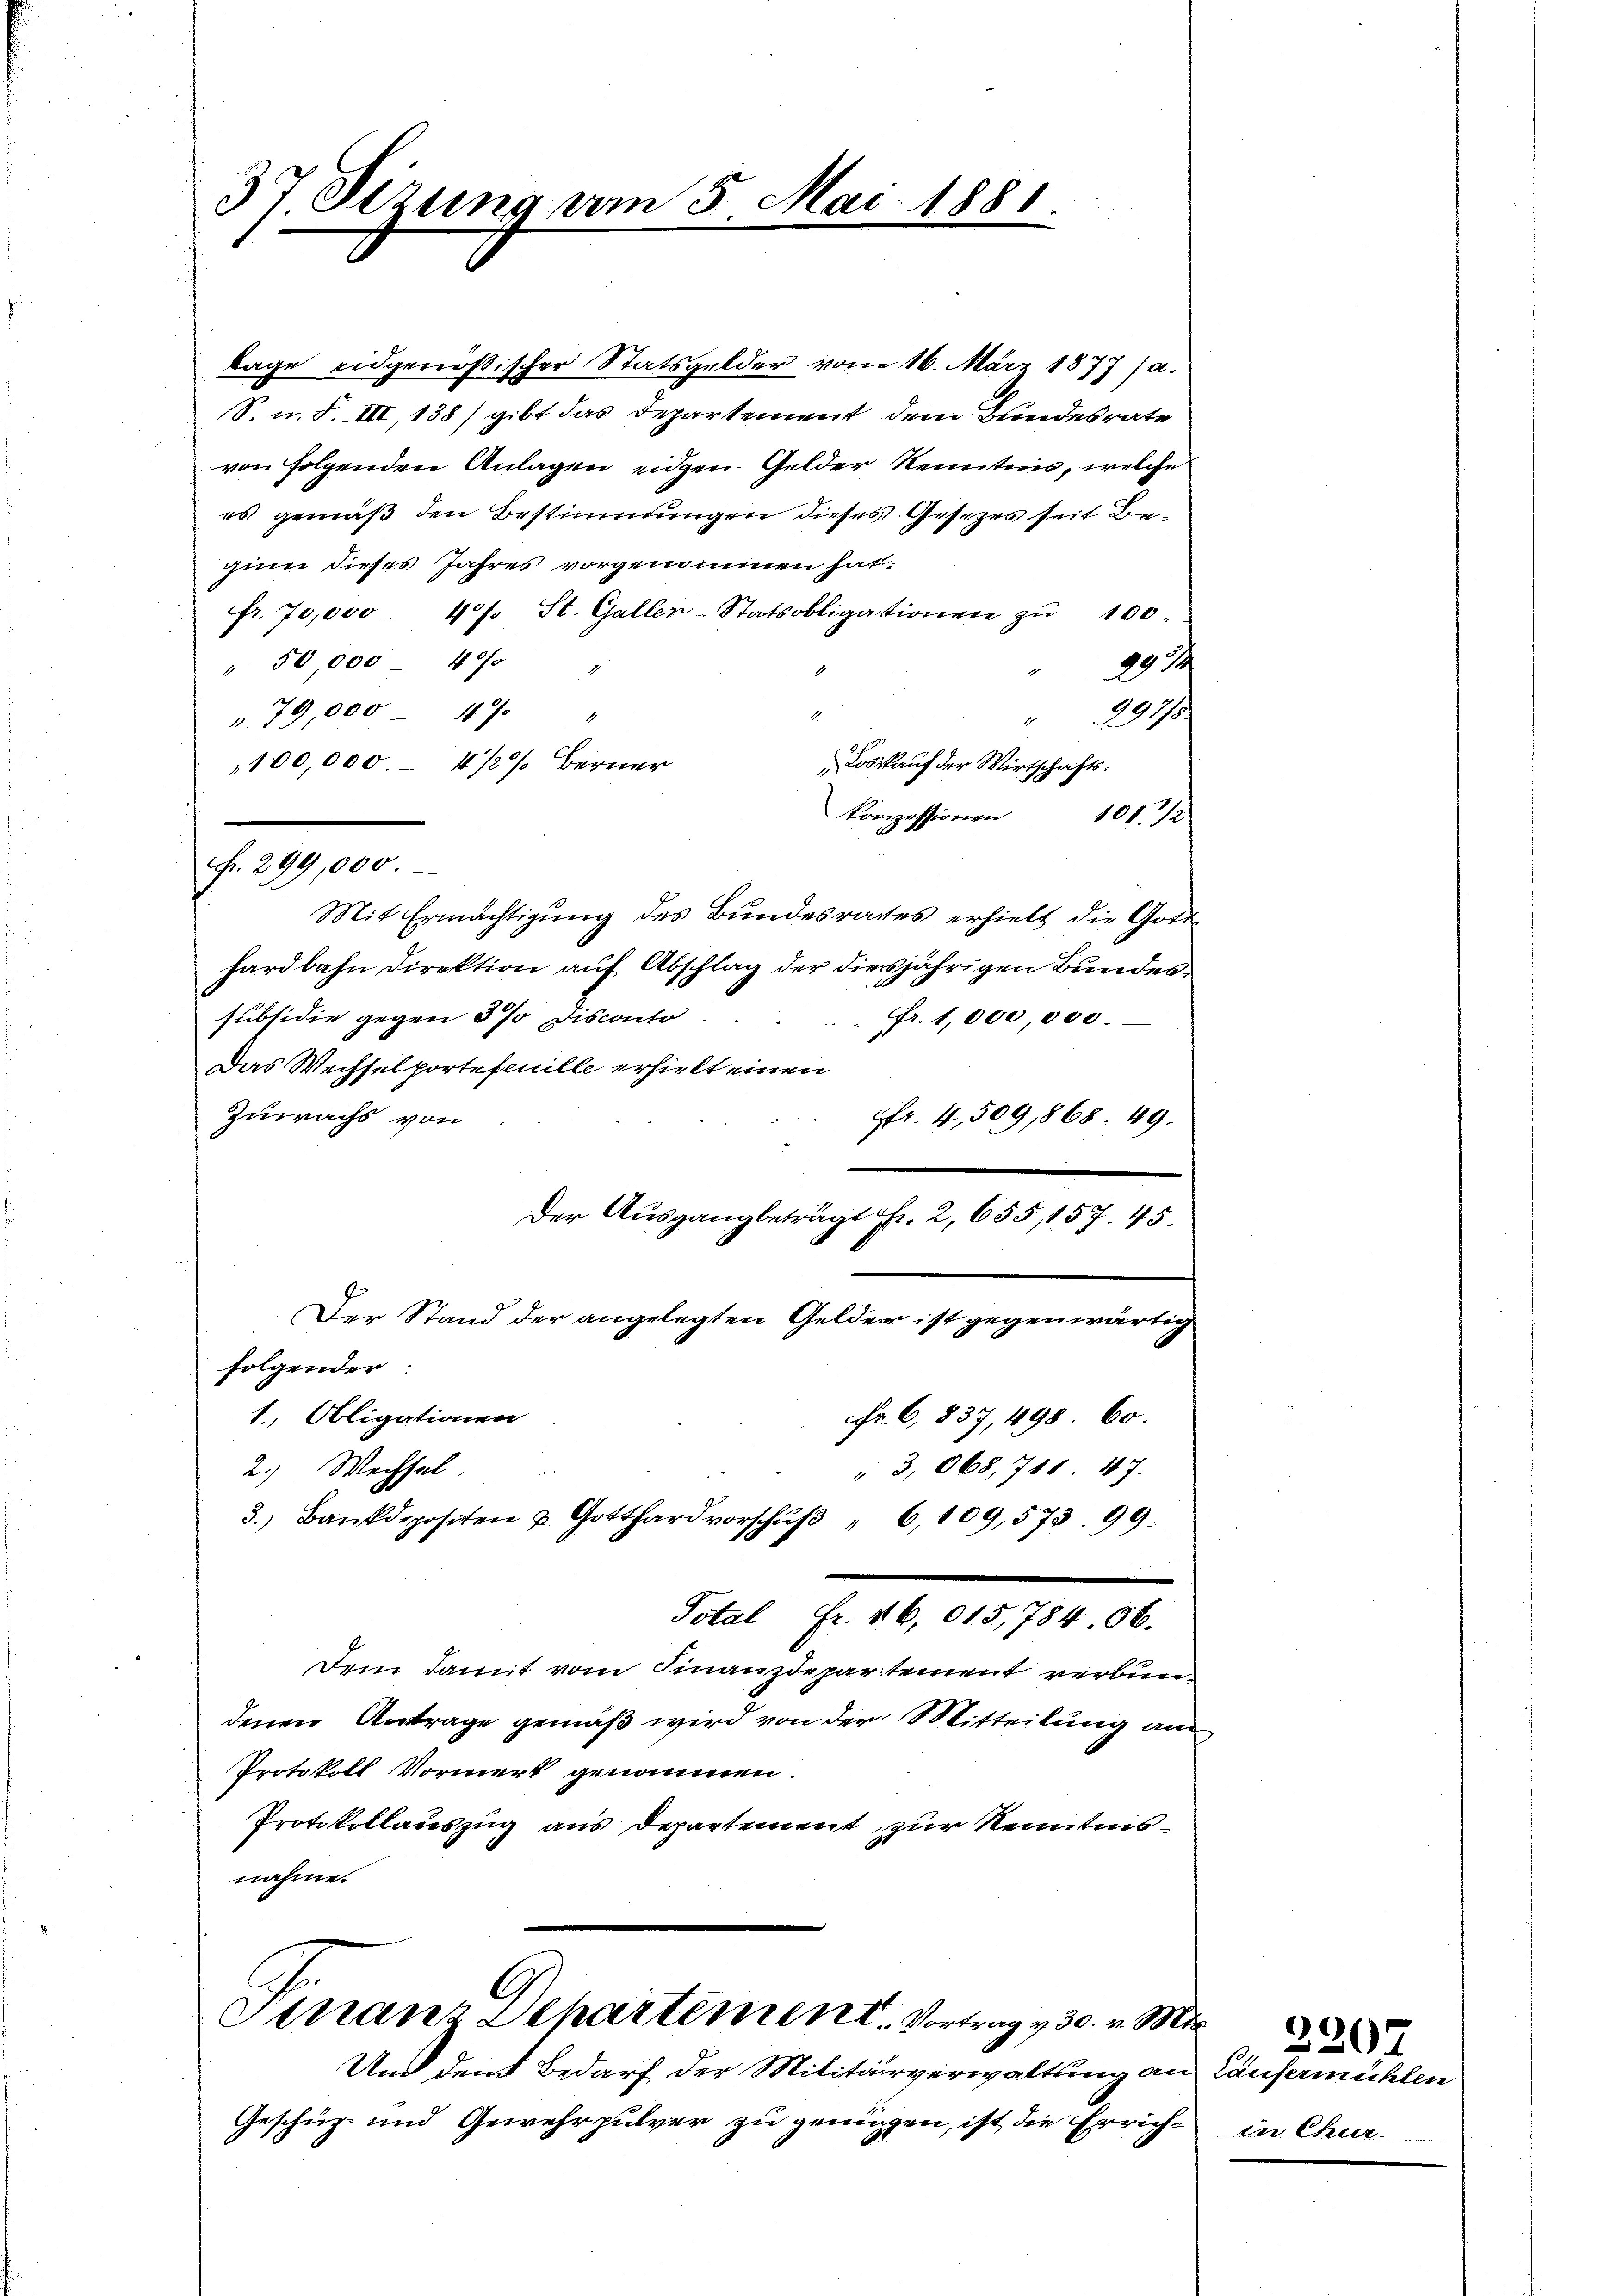
37 Sizung am 5. Mai 1881.

tage eidgenössischer Statsgelder vom 16. März 1877 (a.
S. n. F. III, 138) gibt das Departement dem Bundesrate
von folgenden Anlagen eidgen. Gelder Kenntnis, welche
es gemäß den Bestimmungen dieses Gesezes seit Beginn dieses Jahres vorgenommen hat.
fr. 70,000 47. St. Gallen-Statsobligationen zŭ 100.
291.
" 50 000 40 "
1
E
". 79,000 - 47 "
297/8
Loskauf der Wirtschafts¬
100,000. – 4 1/2 % Berner
konzessionen
101/2
Mit Ermächtigung des Bundesrates erhielt die Gott
hardbahn Direktion auf Abschlag der diesjährigen Bundessubsidie gegen 3% disconto
Fr. 1,000,000.
Das Wechselportefeuille erhielt einen
Zuwachs von
6fr. 4, 509,868. 49.
Der Ausgang beträgt Fr. 2, 655, 157. 45
Der Stand der angelegten Gelder ist gegenwärtig
folgender:
1., Obligationen
Fr. 6, 837, 498 60.
2.) Wechsel
" 3,068, 711 47.
3.) Bankdepositen u. Gotthard vorschŭβ " 6,109,573. 99.
Total Fr. 16,015,784. 66.
Dem damit vom Finanzdepartement verbundenen Antrage gemäß wird von der Mitteilung au
Protokoll Vormerk genommen.
Protokollauszug aus Departement zur Kenntnisnahme.

Fr. 299,000

G.
l
Stranz Departement. Vortrag v. 30. v. Mts.

Und den Bedarf der Militärverwaltung an
Geschüz- und Gewehrpulver zu genügen, ist die Errich¬

Laufermächten
in Chur.

)
207